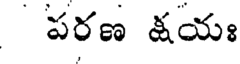
పరణ క్షయః